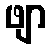
ဖျာ